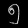
Digit: ၅